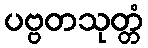
ပဗ္ဗတသုတ္တံ